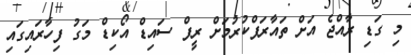
މި ގަޑި ރާއްޖެ އަށް ތައާރަފްކުރުމަށް ރީފް ސައިޑް އޯކިޑް މަގު ފިހާރައިގައި